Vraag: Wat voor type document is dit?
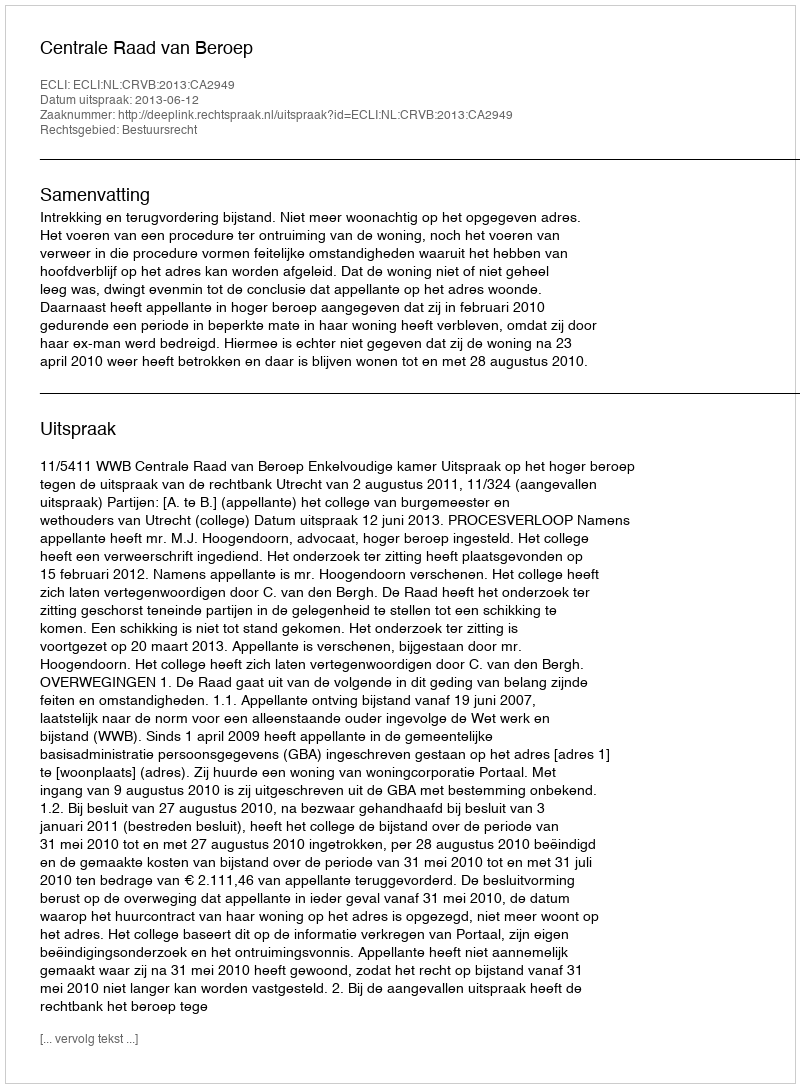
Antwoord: Uitspraak